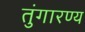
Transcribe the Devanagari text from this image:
तुंगारण्य